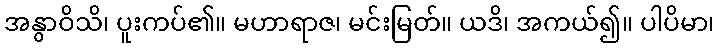
အနွာဝိသိ၊ ပူးကပ်၏။ မဟာရာဇ၊ မင်းမြတ်။ ယဒိ၊ အကယ်၍။ ပါပိမာ၊